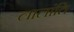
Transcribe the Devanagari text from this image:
लालांति